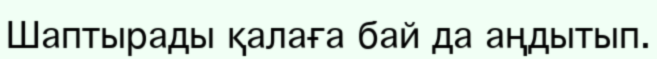
Шаптырады қалаға бай да аңдытып.